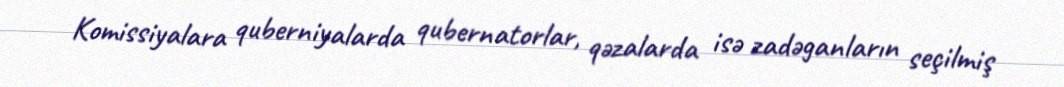
Komissiyalara quberniyalarda qubernatorlar, qəzalarda isə zadəganların seçilmiş